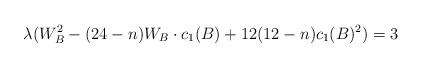
LaTeX: \begin{align*}\lambda(W_{B}^{2}-(24-n)W_{B} \cdot c_{1}(B)+ 12(12-n)c_{1}(B)^{2})=3\end{align*}